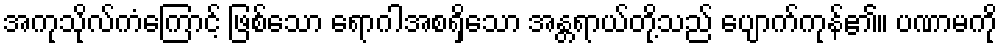
အကုသိုလ်ကံကြောင့် ဖြစ်သော ရောဂါအစရှိသော အန္တရာယ်တို့သည် ပျောက်ကုန်၏။ ပဏာမကို